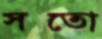
সতো